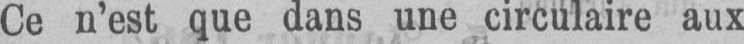
Ce n’est que dans une circulaire aux